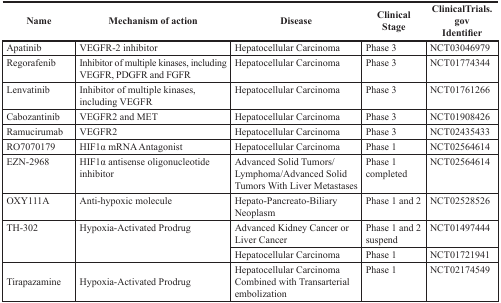
<table><thead><tr><td><b>Name</b></td><td><b>Mechanism of action</b></td><td><b>Disease</b></td><td><b>Clinical Stage</b></td><td><b>ClinicalTrials.govIdentifier</b></td></tr></thead><tbody><tr><td>Apatinib</td><td>VEGFR-2 inhibitor</td><td>Hepatocellular Carcinoma</td><td>Phase 3</td><td>NCT03046979</td></tr><tr><td>Regorafenib</td><td>Inhibitor of multiple kinases, including VEGFR, PDGFR and FGFR</td><td>Hepatocellular Carcinoma</td><td>Phase 3</td><td>NCT01774344</td></tr><tr><td>Lenvatinib</td><td>Inhibitor of multiple kinases, including VEGFR</td><td>Hepatocellular Carcinoma</td><td>Phase 3</td><td>NCT01761266</td></tr><tr><td>Cabozantinib</td><td>VEGFR2 and MET</td><td>Hepatocellular Carcinoma</td><td>Phase 3</td><td>NCT01908426</td></tr><tr><td>Ramucirumab</td><td>VEGFR2</td><td>Hepatocellular Carcinoma</td><td>Phase 3</td><td>NCT02435433</td></tr><tr><td>RO7070179</td><td>HIF1α mRNA Antagonist</td><td>Hepatocellular Carcinoma</td><td>Phase 1</td><td>NCT02564614</td></tr><tr><td>EZN-2968</td><td>HIF1α antisense oligonucleotide inhibitor</td><td>Advanced Solid Tumors/ Lymphoma/Advanced Solid Tumors With Liver Metastases</td><td>Phase 1 completed</td><td>NCT02564614</td></tr><tr><td>OXY111A</td><td>Anti-hypoxic molecule</td><td>Hepato-Pancreato-Biliary Neoplasm</td><td>Phase 1 and 2</td><td>NCT02528526</td></tr><tr><td rowspan="2">TH-302</td><td rowspan="2">Hypoxia-Activated Prodrug</td><td>Advanced Kidney Cancer or Liver Cancer</td><td>Phase 1 and 2 suspend</td><td>NCT01497444</td></tr><tr><td>Hepatocellular Carcinoma</td><td>Phase 1</td><td>NCT01721941</td></tr><tr><td>Tirapazamine</td><td>Hypoxia-Activated Prodrug</td><td>Hepatocellular Carcinoma Combined with Transarterial embolization</td><td>Phase 1</td><td>NCT02174549</td></tr></tbody></table>